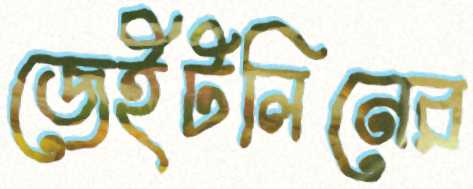
জেইটলিনের